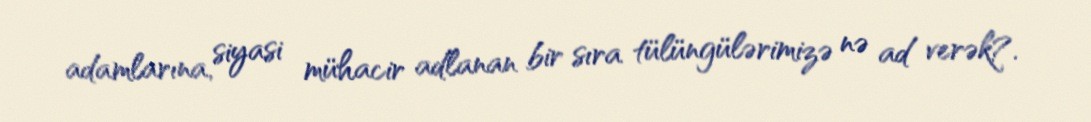
adamlarına, siyasi mühacir adlanan bir sıra tülüngülərimizə nə ad verək?.